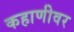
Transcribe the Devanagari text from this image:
कहाणीवर